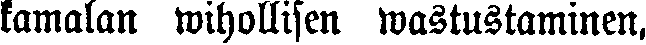
kamalan wihollisen wastustaminen,